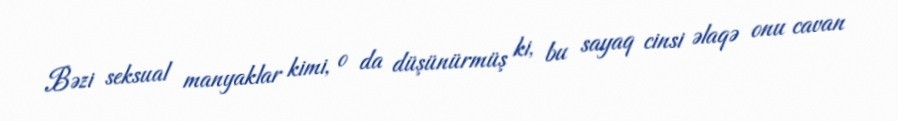
Bəzi seksual manyaklar kimi, o da düşünürmüş ki, bu sayaq cinsi əlaqə onu cavan